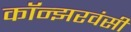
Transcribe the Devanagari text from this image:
कॉन्झरवंसी